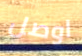
اوصل